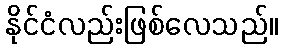
နိုင်ငံလည်းဖြစ်လေသည်။